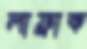
লাফ্রাক